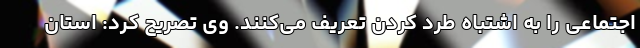
اجتماعی را به ‌اشتباه طرد کردن تعریف می‌کنند. وی تصریح کرد: استان